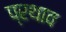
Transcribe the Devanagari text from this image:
प्रथाव